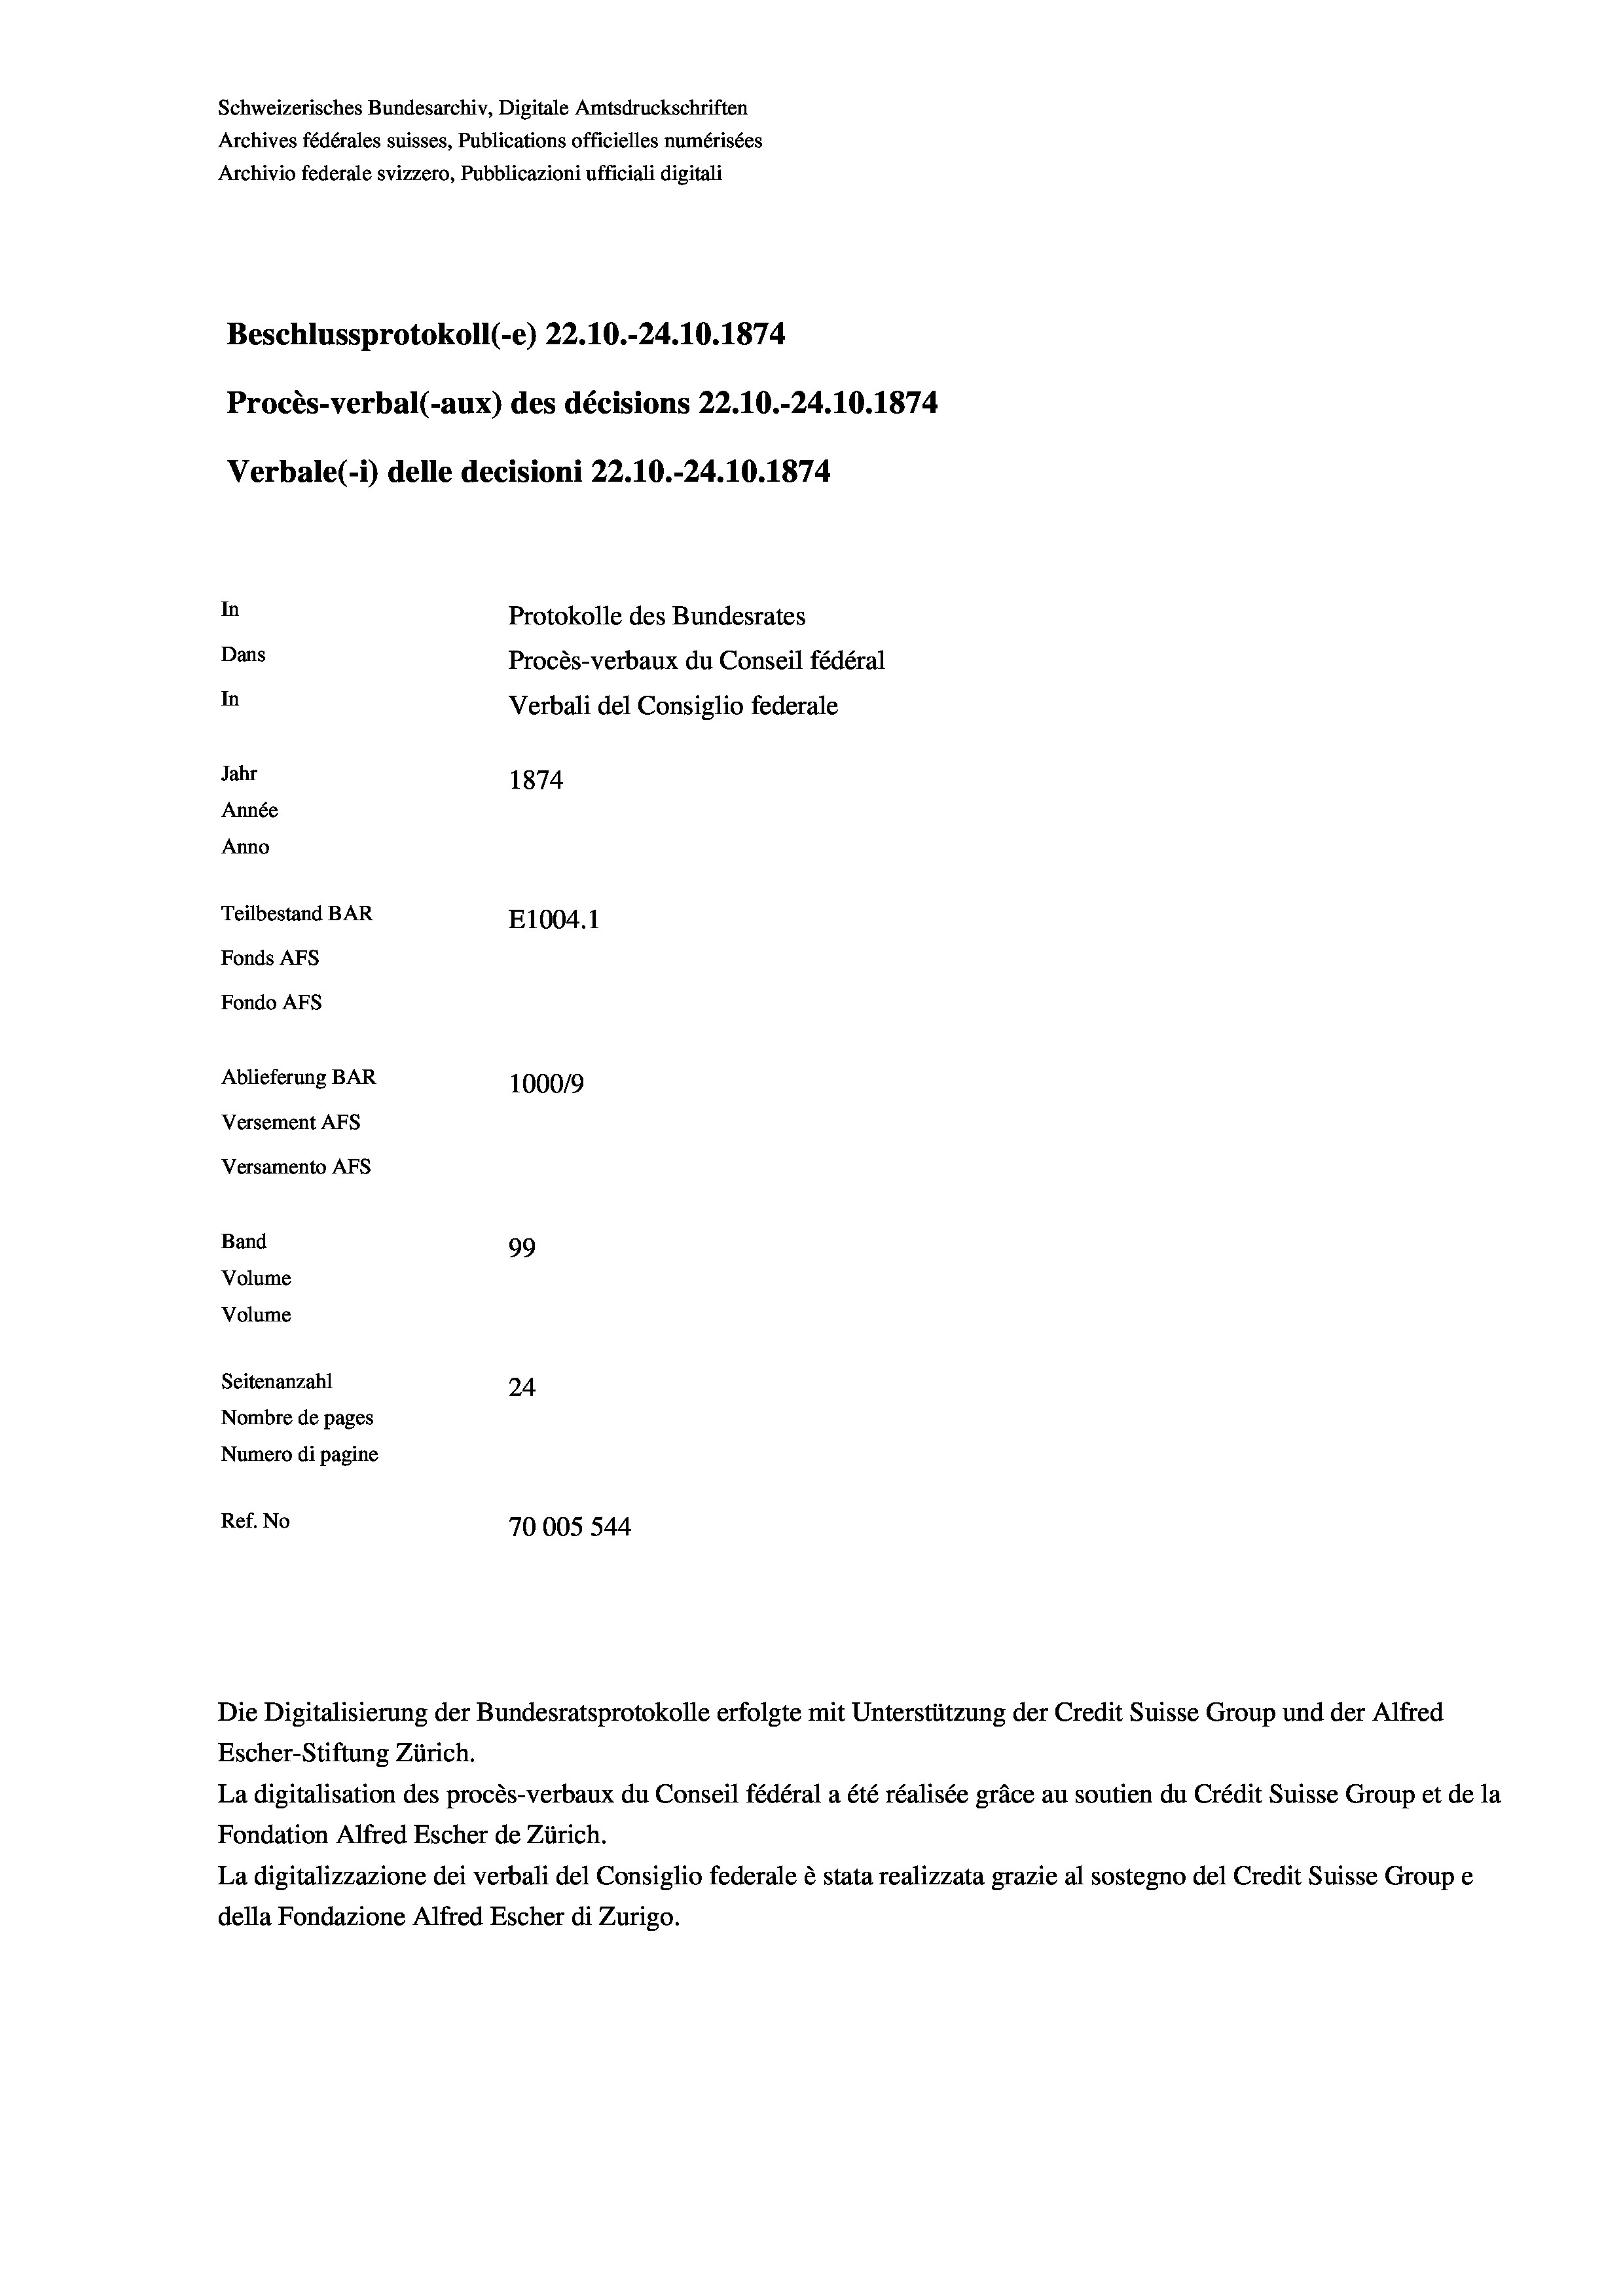
Schweizerisches Bundesarchiv, Digitale Amtsdruckschriften
Archives fédérales suisses, Publications officielles numérisées
Archivio federale svizzero, Pubblicazioni ufficiali digitali
Beschlussprotokoll (-e) 22.10.-24.10.1874
Procès-verbal (-aux) des décisions 22.10.-24.10.1874
Verbale(-*) delle decisioni 22.10.-24.10.1874
In
Protokolle des Bundesrates
Dans
Procès-verbaux du Conseil fédéral
In
Verbali del Consiglio federale
Jahr
1874
Année
Anno
Teilbestand BAR
E1004. 1
Fonds AFs
Fondo AFS
Ablieferung BAR
100019
Versement AFs
Versamento Afs
Band
99
Volume
Volume
Seitenanzahl
24
Nombre de pages
Numero di pagine
Ref. No
70005 544

Die Digitalisierung der Bundesratsprotokolle erfolgte mit Unterstützung der Credit Suisse Group und der Alfred
Escher-Stiftung Zürich.
La digitalisation des procès-verbaux du Conseil fédéral a été réalisée gräce au soutien du Crédit Suisse Group et de la
Fondation Alfred Escher de Zürich.
La digitalizzazione dei verbali del Consiglio federale è stata realizzata grazie al sostegno del Credit Suisse Groupe
della Fondazione Alfred Escher di Zurigo.